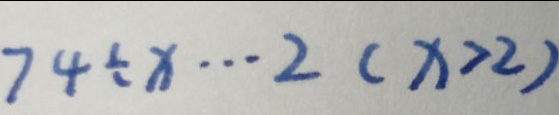
7 4 \div x \cdots 2 ( x > 2 )